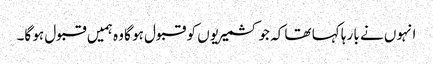
انہوں نے با رہا کہا تھا کہ جو کشمیریوں کو قبول ہو گا وہ ہمیں قبول ہو گا۔